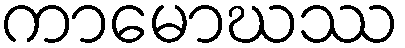
ကာမောဃဿ